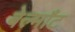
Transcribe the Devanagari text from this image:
बेल्माँट